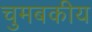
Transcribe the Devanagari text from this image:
चुमबकीय